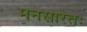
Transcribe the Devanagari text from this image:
मनसारेतः